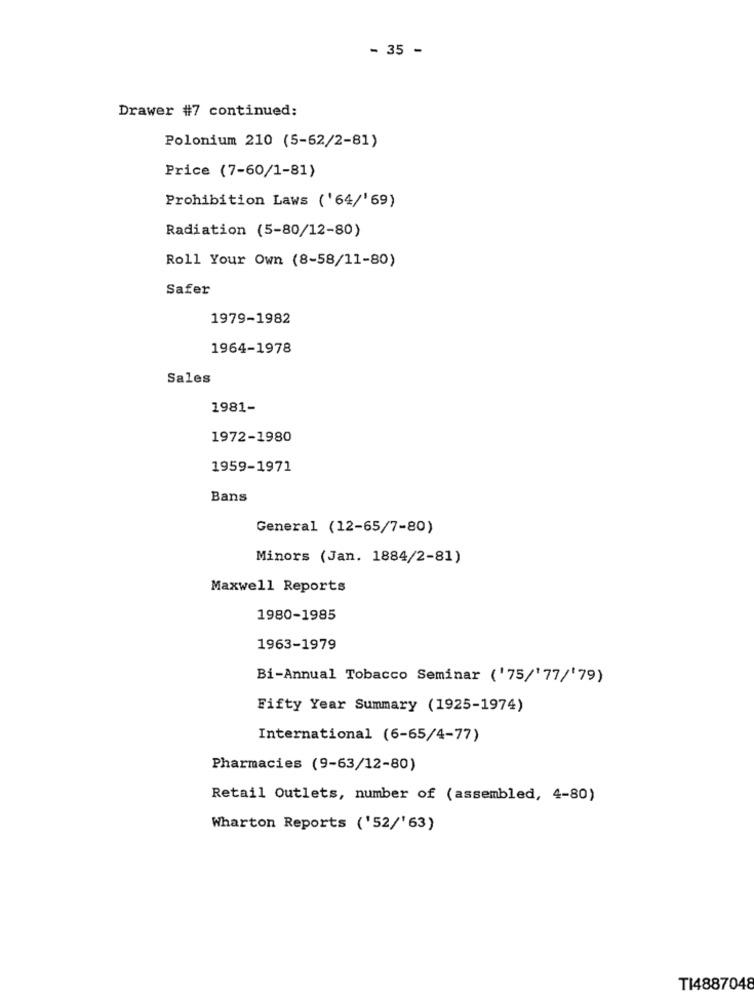
- 35 -
Drawer #7 continued:
Polonium 210 (5-62/2-81)
Price (7-60/1-81)
Prohibition Laws ('64/' 69)
Radiation (5-80/12-80)
Roll Your Own (8-58/11-80)
Safer
1979-1982
1964-1978
Sales
1981-
1972-1980
1959-1971
Bans
General (12-65/7-80)
Minors (Jan. 1884/2-81)
Maxwell Reports
1980-1985
1963-1979
Bi-Annual Tobacco Seminar ('75/'77/'79)
Fifty Year Summary (1925-1974)
International (6-65/4-77)
Pharmacies (9-63/12-80)
Retail Outlets, number of (assembled, 4-80)
Wharton Reports ('52/'63)
TI4887048